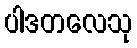
ပါဒတလေသု